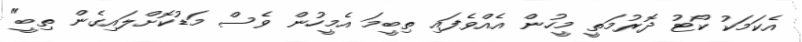
އެކަމަކު ކޯޓު ދޮރުމަތީ މީހުން އެއްވެފައި ތިބީމަ އެމީހުން ވެސް މަޑުކޮށްލައިގެން ތިބީ"